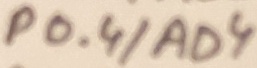
Text: P0.4/AD4